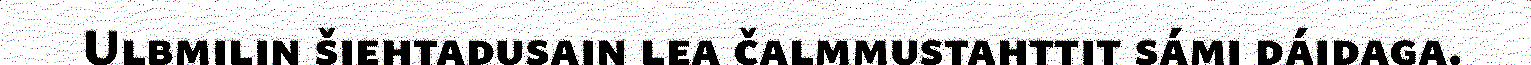
Ulbmilin šiehtadusain lea čalmmustahttit sámi dáidaga.